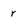
Character: r